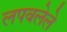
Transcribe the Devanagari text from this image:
लपवलेले